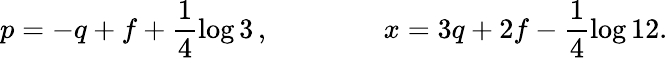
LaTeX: p=-q+f+\frac{1}{4}\log 3\, ,\qquad\qquad x=3q+2f-\frac{1}{4}\log 12.